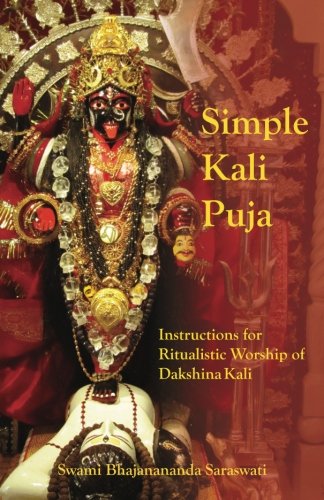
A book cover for Simple Kali Puja: Instructions for Ritualistic Worship of Dakshina Kali; Swami Bhajanananda Saraswati; Religion & Spirituality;